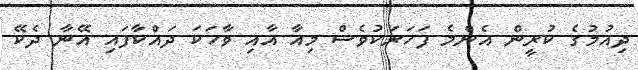
ދިއުމުގެ ކުރީން އެންމެ ފަހަރަކުވެސް މިއާ އާއި ވާހަކަ ދައްކާފައި އޭނާ ދެކޭ